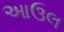
આઉલ